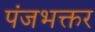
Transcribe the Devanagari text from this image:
पंजभक्तर